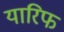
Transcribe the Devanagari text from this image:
यारिफ